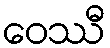
ဝေဿီ